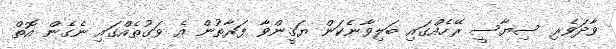
ވާދަވެރި ސިޔާސީ ރޭހެއްގައި ބަލިވާނެކަން ޔަޤީންވާ ފަރާތުން އެ ވަގުތެއްގައި ނެގެން އޮތް